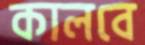
কালবে